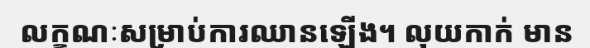
លក្ខណៈសម្រាប់ការឈានឡើង។ លុយកាក់ មាន